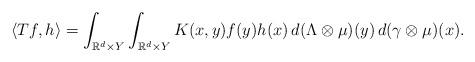
LaTeX: \begin{align*}\langle Tf, h\rangle=\int_{\mathbb{R}^d\times Y}\int_{\mathbb{R}^d\times Y}K(x,y)f(y)h(x)\,d(\Lambda\otimes \mu)(y)\,d(\gamma\otimes \mu)(x).\end{align*}